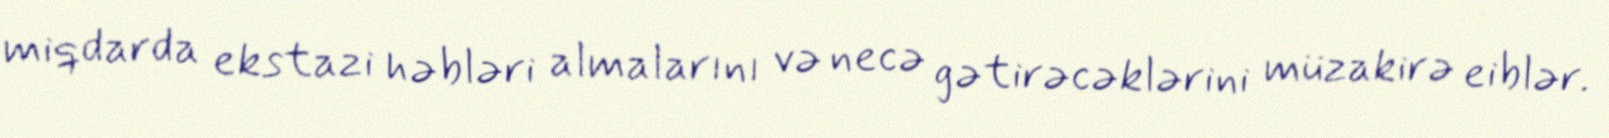
miqdarda ekstazi həbləri almalarını və necə gətirəcəklərini müzakirə eiblər.